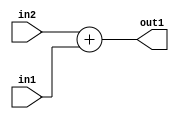
`timescale 1ps / 1ps
/*****************************************************************************
    Verilog RTL Description
    
    
    Created by: CellMath Designer 2019.1.01 
*******************************************************************************/

module DFT_compute_Add_8Ux8U_8U_0 (
	in2,
	in1,
	out1
	); /* architecture "behavioural" */ 
input [7:0] in2,
	in1;
output [7:0] out1;
wire [7:0] asc001;

assign asc001 = 
	+(in2)
	+(in1);

assign out1 = asc001;
endmodule

/* CADENCE  urn2TA8= : u9/ySgnWtBlWxVPRXgAZ4Og= ** DO NOT EDIT THIS LINE ******/